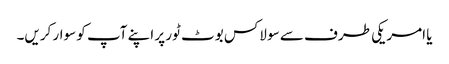
یا امریکی طرف سے سو لاکس بوٹ ٹور پر اپنے آپ کو سوار کریں۔